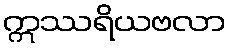
ဣဿရိယဗလာ